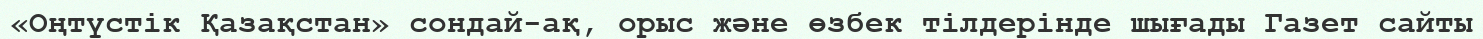
«Оңтүстік Қазақстан» сондай-ақ, орыс және өзбек тілдерінде шығады Газет сайты